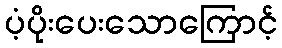
ပံ့ပိုးပေးသောကြောင့်